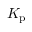
K _ { \mathrm { p } }